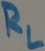
Text: RL